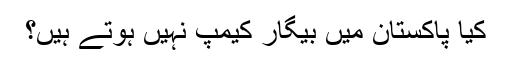
کیا پاکستان میں بیگار کیمپ نہیں ہوتے ہیں؟